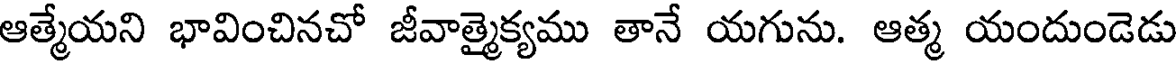
ఆత్మేయని భావించినచో జీవాత్మైక్యము తానే యగును. ఆత్మ యందుండెడు